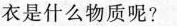
衣是什么物质呢?